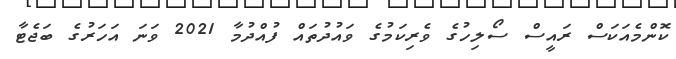
ކޮންމެއަކަސް ރައީސް ސޯލިހުގެ ވެރިކަމުގެ ވައުދުތައް ފުއްދުމާ 2021 ވަނަ އަހަރުގެ ބަޖެޓާ